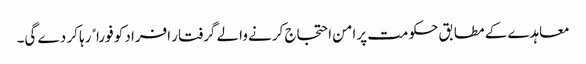
معاہدے کے مطابق حکومت پرامن احتجاج کرنے والے گرفتار افراد کو فوراﹰ رہا کر دے گی۔